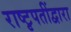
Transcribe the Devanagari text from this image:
राष्टृपतींद्वारा